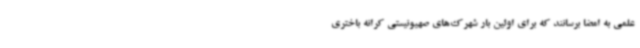
علمی به امضا برسانند که برای اولین بار شهرک‌های صهیونیستی کرانه باختری